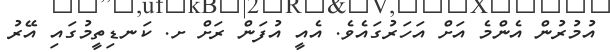
އުމުރުން އެންމެ އަށް އަހަރުގައެވެ. އެއީ އުފަން ރަށް ށ. ކަނޑިތީމުގައި އޭރު